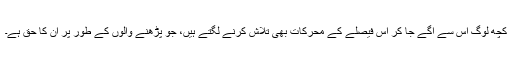
کچھ لوگ اس سے آگے جا کر اس فیصلے کے محرکات بھی تلاش کرنے لگتے ہیں، جو پڑھنے والوں کے طور پر ان کا حق ہے۔